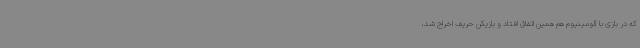
که در بازی با آلومینیوم هم همین اتفاق افتاد و بازیکن حریف اخراج شد،